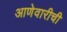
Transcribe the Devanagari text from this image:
आणेवारीची